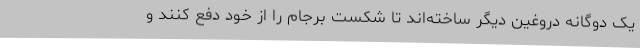
یک دوگانه دروغین دیگر ساخته‌اند تا شکست برجام را از خود دفع کنند و